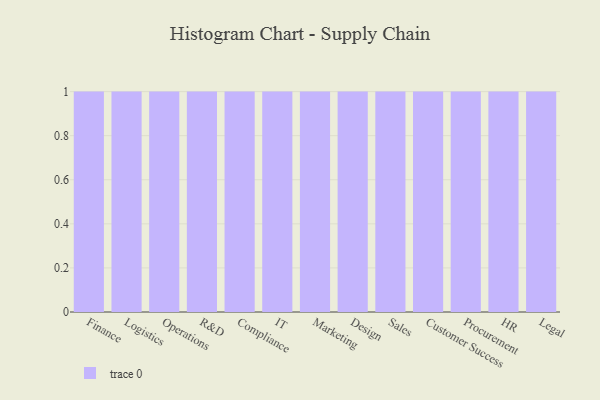
{"axis": {"x": "Department", "y": "Humidity (%)"}, "legend": [""], "data": [{"x": "Finance", "y": 98, "type": ""}, {"x": "Logistics", "y": 91, "type": ""}, {"x": "Operations", "y": 59, "type": ""}, {"x": "R&D", "y": 74, "type": ""}, {"x": "Compliance", "y": 17, "type": ""}, {"x": "IT", "y": 87, "type": ""}, {"x": "Marketing", "y": 49, "type": ""}, {"x": "Design", "y": 22, "type": ""}, {"x": "Sales", "y": 30, "type": ""}, {"x": "Customer Success", "y": 34, "type": ""}, {"x": "Procurement", "y": 85, "type": ""}, {"x": "HR", "y": 53, "type": ""}, {"x": "Legal", "y": 38, "type": ""}]}